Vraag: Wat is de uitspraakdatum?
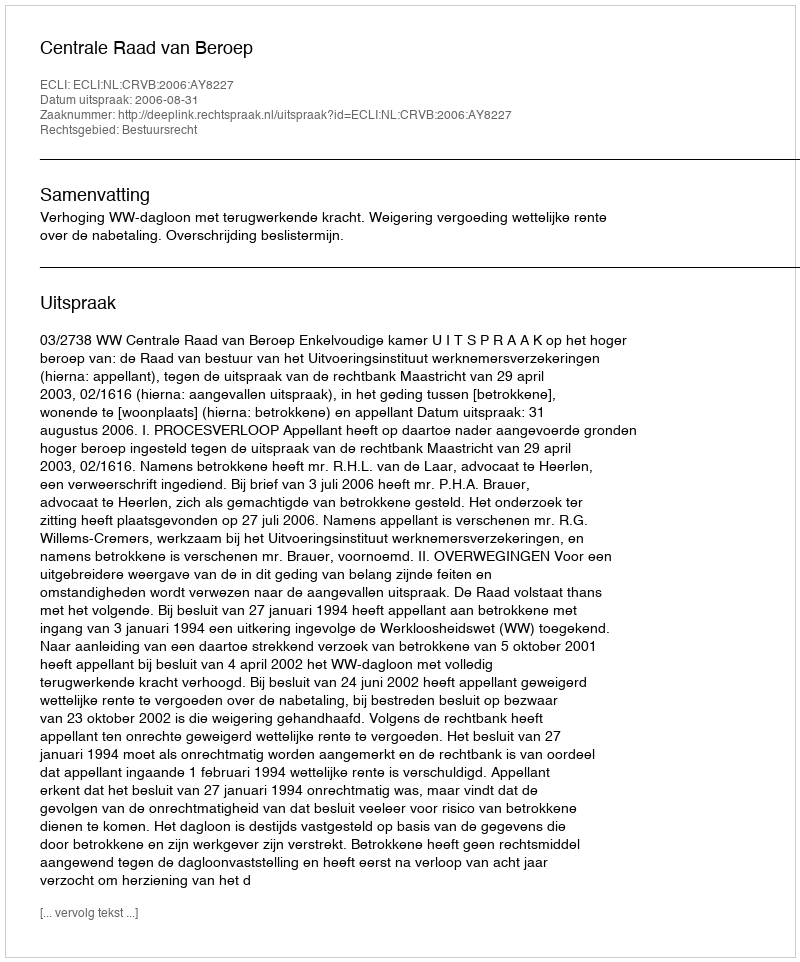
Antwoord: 2006-08-31